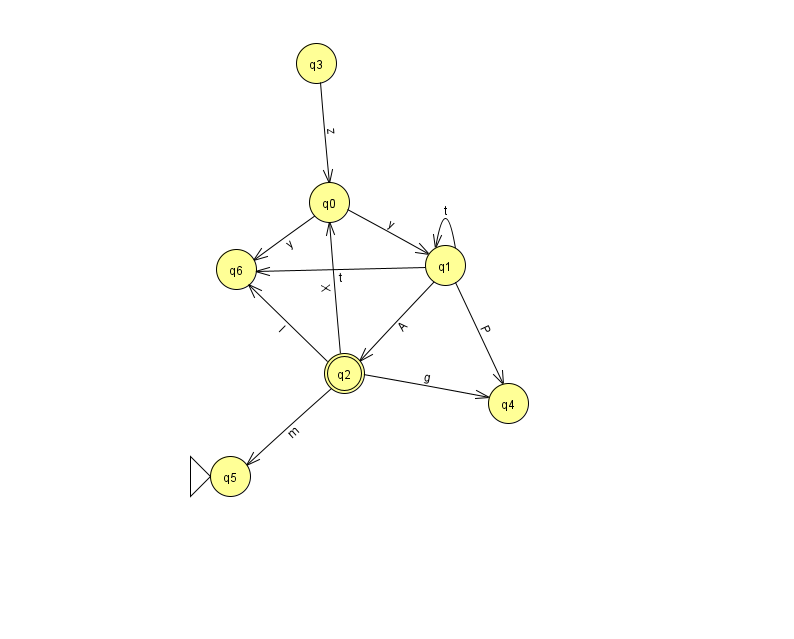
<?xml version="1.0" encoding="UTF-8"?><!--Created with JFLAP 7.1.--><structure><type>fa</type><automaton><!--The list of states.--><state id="0" name="q0"><x>329.0</x><y>189.0</y></state><state id="1" name="q1"><x>445.0</x><y>252.0</y></state><state id="2" name="q2"><x>344.0</x><y>360.0</y><final/></state><state id="3" name="q3"><x>316.0</x><y>50.0</y></state><state id="4" name="q4"><x>508.0</x><y>390.0</y></state><state id="5" name="q5"><x>230.0</x><y>463.0</y><initial/></state><state id="6" name="q6"><x>236.0</x><y>256.0</y></state><!--The list of transitions.--><transition><from>2</from><to>4</to><read>g</read></transition><transition><from>1</from><to>2</to><read>A</read></transition><transition><from>2</from><to>5</to><read>m</read></transition><transition><from>1</from><to>1</to><read>t</read></transition><transition><from>1</from><to>4</to><read>P</read></transition><transition><from>2</from><to>6</to><read>l</read></transition><transition><from>0</from><to>1</to><read>y</read></transition><transition><from>2</from><to>0</to><read>X</read></transition><transition><from>1</from><to>6</to><read>t</read></transition><transition><from>3</from><to>0</to><read>z</read></transition><transition><from>0</from><to>6</to><read>y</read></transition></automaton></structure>